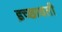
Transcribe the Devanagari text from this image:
इच्छावती